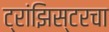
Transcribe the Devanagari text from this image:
ट्रांझिस्टरचा